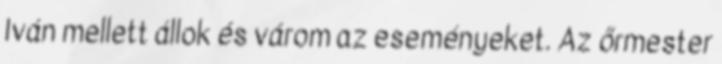
Iván mellett állok és várom az eseményeket. Az őrmester